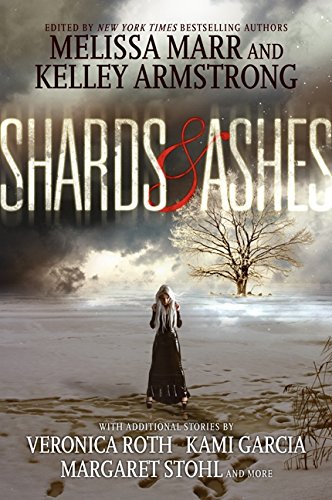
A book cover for Shards and Ashes; Melissa Marr; Teen & Young Adult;